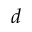
d